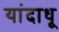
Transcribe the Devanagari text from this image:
यांदाधू